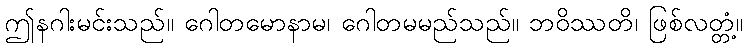
ဤနဂါးမင်းသည်။ ဂေါတမောနာမ၊ ဂေါတမမည်သည်။ ဘဝိဿတိ၊ ဖြစ်လတ္တံ့။